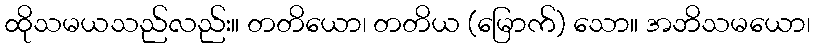
ထိုသမယသည်လည်း။ တတိယော၊ တတိယ (မြောက်) သော။ အဘိသမယော၊